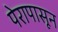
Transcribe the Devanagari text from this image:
पेरापासून